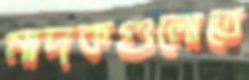
মাদকগুলোতে